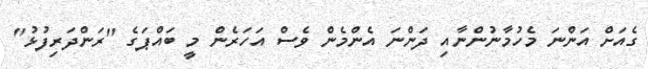
ގެއަށް އަންނަ މެހުމާނުންނާއި ދަންނަ އެންމެން ވެސް އަހަރެން މީ ބައްޕަގެ "ރަންދަރިފުޅު"